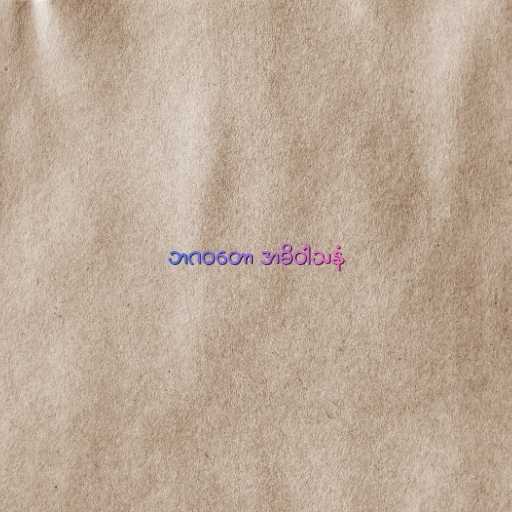
ဘဂဝတော အဓိဝါသနံ